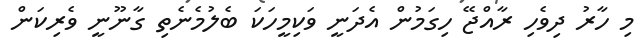
މި ހާރު ދިވެހި ރާއްޖޭ ހިގަމުން އެދަނީ ވަކިމީހަކަ ބެލުމެނެތި ގާނޫނީ ވެރިކަން